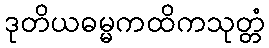
ဒုတိယဓမ္မကထိကသုတ္တံ